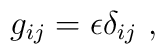
g_{ij} = \epsilon \delta_{ij}~,